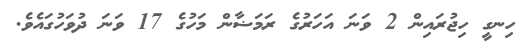
ހިނގީ ހިޖުރައިން 2 ވަނަ އަހަރުގެ ރަމަޟާން މަހުގެ 17 ވަނަ ދުވަހުގައެވެ.